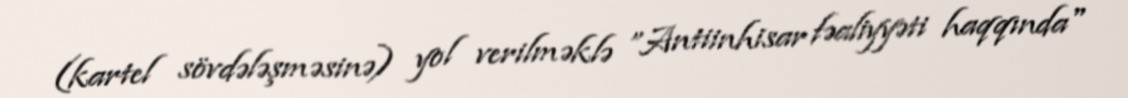
(kartel sövdələşməsinə) yol verilməklə ”Antiinhisar fəaliyyəti haqqında"